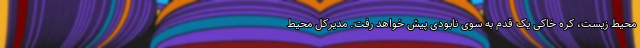
محیط زیست، کره خاکی یک قدم به سوی نابودی پیش خواهد رفت. مدیرکل محیط